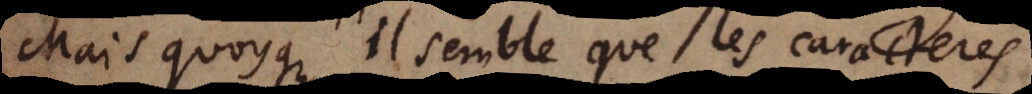
Mais quoyque il semble que les caracteres